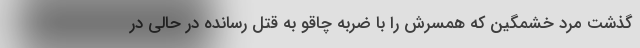
گذشت مرد خشمگین که همسرش را با ضربه چاقو به قتل رسانده در حالی در